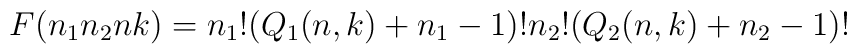
F(n_1n_2nk)= n_1!(Q_1(n,k)+n_1-1)!n_2!(Q_2(n,k)+n_2-1)!